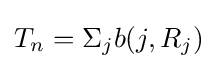
T_{n}=\Sigma _{j}b(j,R_{j})